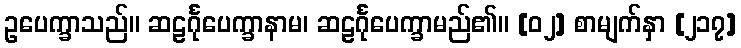
ဥပေက္ခာသည်။ ဆဠင်္ဂုပေက္ခာနာမ၊ ဆဠင်္ဂုပေက္ခာမည်၏။ [၀၂] စာမျက်နှာ [၂၁၇]